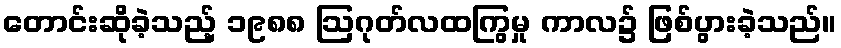
တောင်းဆိုခဲ့သည့် ၁၉၈၈ ဩဂုတ်လထကြွမှု ကာလ၌ ဖြစ်ပွားခဲ့သည်။